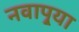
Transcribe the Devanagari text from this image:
नवापुर्‍या